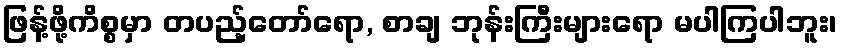
ဖြန့်ဖို့ကိစ္စမှာ တပည့်တော်ရော, စာချ ဘုန်းကြီးများရော မပါကြပါဘူး၊